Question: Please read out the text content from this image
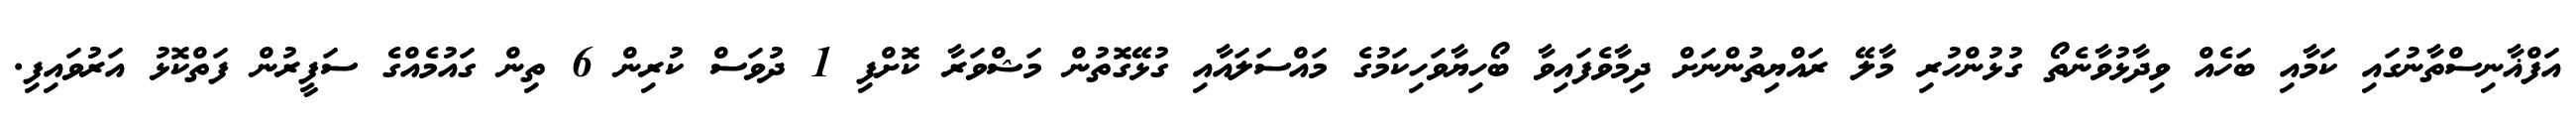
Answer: އަފްޣާނިސްތާނުގައި ކަމާއި ބަހެއް ވިދާޅުވާނެތޯ ގުޅުންހުރި މާލޭ ރައްޔިތުންނަށް ދިމާވެފައިވާ ބޯހިޔާވަހިކަމުގެ މައްސަލައާއި ގުޅޭގޮތުން މަޝްވަރާ ކޮށްފި 1 ދުވަސް ކުރިން 6 ތިން ގައުމެއްގެ ސަފީރުން ފަތްކޮޅު އަރުވައިފި.